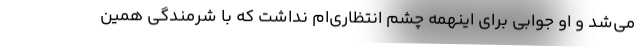
می‌شد و او جوابی برای اینهمه چشم انتظاری‌ام نداشت که با شرمندگی همین